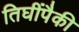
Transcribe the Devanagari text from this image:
तिघींपैकी